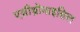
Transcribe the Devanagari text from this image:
एज़ीथ्रोमाइसिल